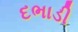
દભાડી